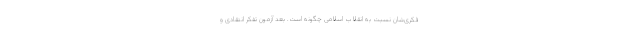
فکری‌شان نسبت به انقلاب اسلامی چگونه است. بعد آزمون تفکر انتقادی و